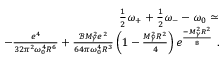
\begin{array} { r l r } & { } & { \frac { 1 } { 2 } \omega _ { + } + \frac { 1 } { 2 } \omega _ { - } - \omega _ { 0 } \simeq } \\ & { } & { - \frac { e ^ { 4 } } { 3 2 \pi ^ { 2 } \omega _ { 0 } ^ { 4 } R ^ { 6 } } + \frac { \mathcal { B } M _ { \gamma } ^ { 2 } e ^ { 2 } } { 6 4 \pi \omega _ { 0 } ^ { 4 } R ^ { 3 } } \left( 1 - \frac { M _ { \gamma } ^ { 2 } R ^ { 2 } } { 4 } \right) e ^ { \frac { - M _ { \gamma } ^ { 2 } R ^ { 2 } } { 8 } } \ . } \end{array}